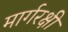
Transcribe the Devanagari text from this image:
मार्गरक्षी